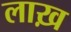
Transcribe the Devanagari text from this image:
लाख़